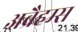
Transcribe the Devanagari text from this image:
अब्रैहम्स